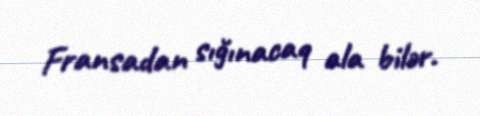
Fransadan sığınacaq ala bilər.